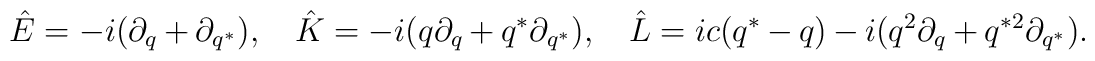
\hat E=-i(\partial_q+\partial_{q^*}),~~~\hat K=-i(q\partial_q+q^*\partial_{q^*}),~~~\hat L=ic(q^*-q)-i(q^2\partial_q+q^{*2}\partial_{q^*}).